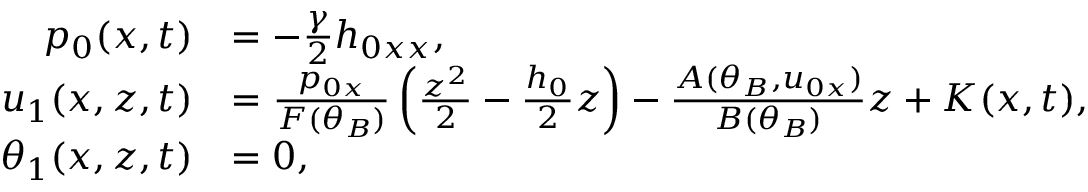
\begin{array} { r l } { p _ { 0 } ( x , t ) } & { = - \frac { \gamma } { 2 } h _ { 0 x x } , } \\ { u _ { 1 } ( x , z , t ) } & { = \frac { p _ { 0 x } } { F ( \theta _ { B } ) } \left( \frac { z ^ { 2 } } { 2 } - \frac { h _ { 0 } } { 2 } z \right) - \frac { A ( \theta _ { B } , u _ { 0 x } ) } { B ( \theta _ { B } ) } z + K ( x , t ) , } \\ { \theta _ { 1 } ( x , z , t ) } & { = 0 , } \end{array}